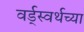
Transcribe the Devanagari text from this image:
वर्ड्‌स्वर्थच्या